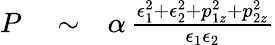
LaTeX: \begin{array}{rlr}{P}&{{}\sim}&{\alpha\, {\frac{\epsilon_{1}^{2}+\epsilon_{2}^{2}+p_{1z}^{2}+p_{2z}^{2}}{\epsilon_{1}\epsilon_{2}}}}\end{array}